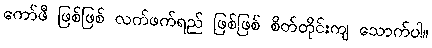
ကော်ဖီ ဖြစ်ဖြစ် လက်ဖက်ရည် ဖြစ်ဖြစ် စိတ်တိုင်းကျ သောက်ပါ။